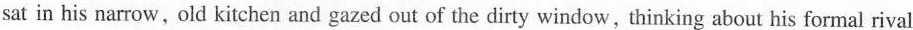
sat in his narrow,old kitchen and gazed out of the dirty window , thinking about his formal rival